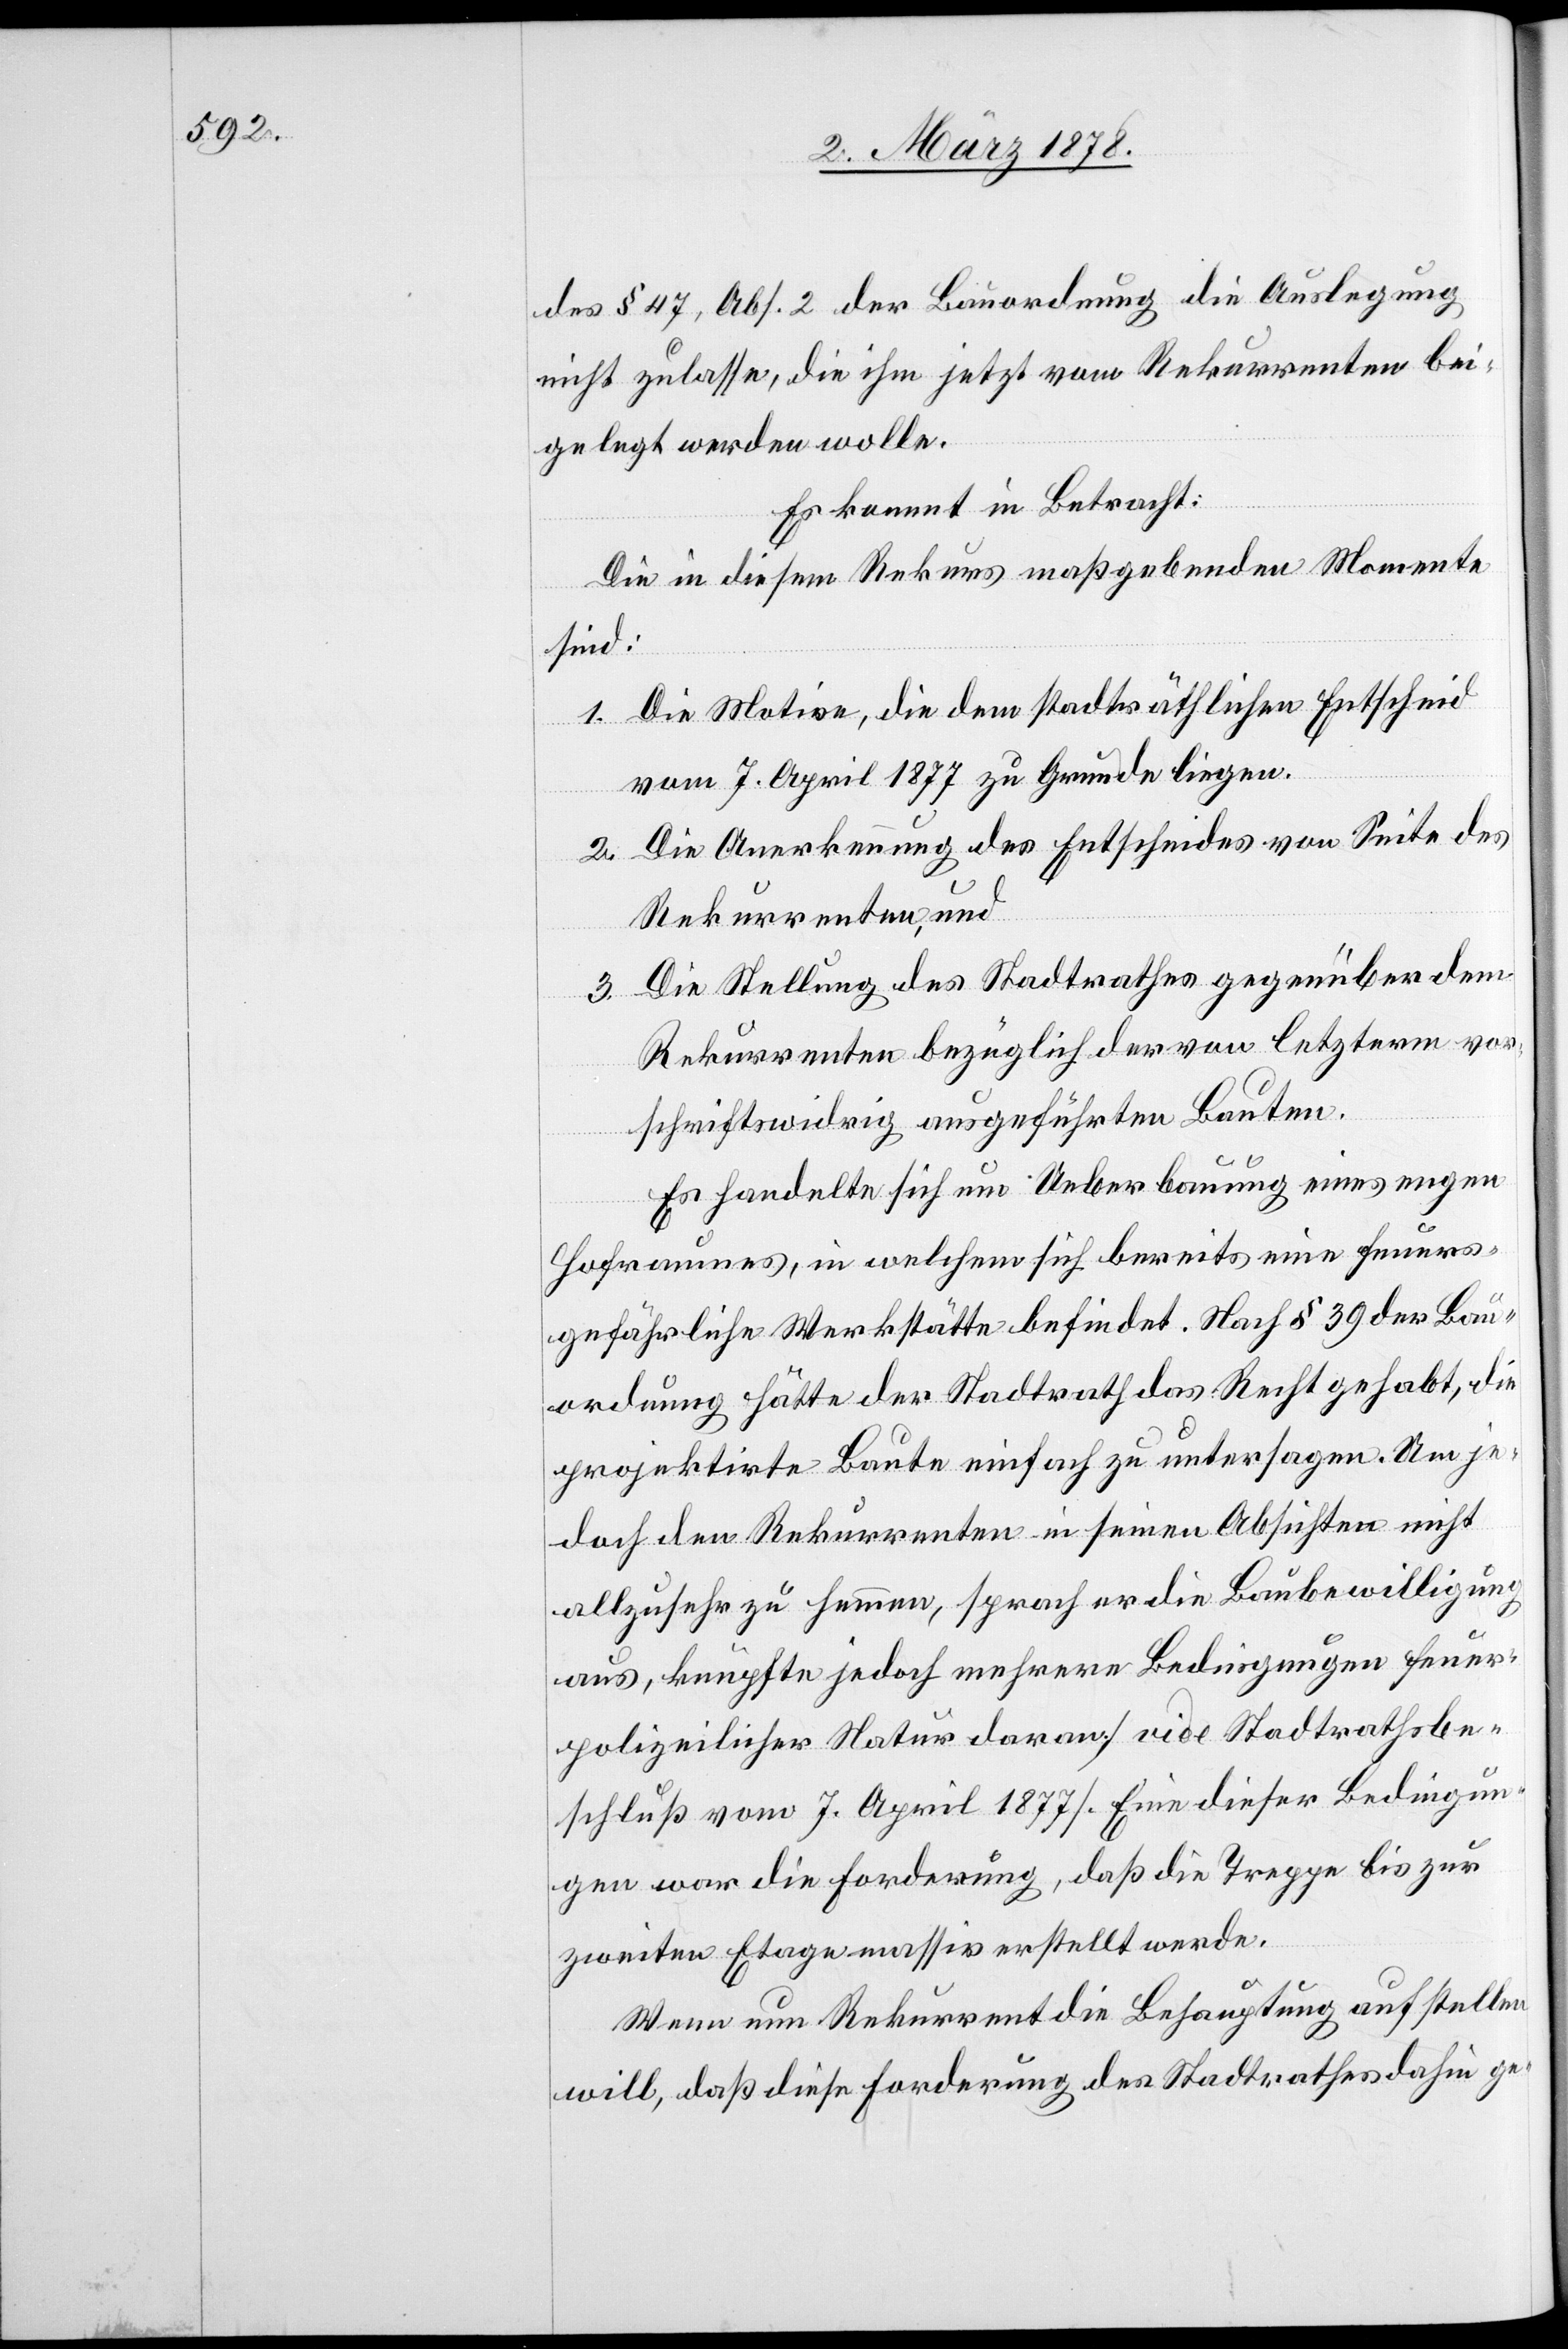
des § 47, Abs. 2 der Bauordnung die Auslegung
nicht zulasse, die ihm jetzt vom Rekurrenten bei¬
gelegt werden wolle.
Es kommt in Betracht:
Die in diesem Rekurs maßgebenden Momente
sind:
1. Die Motive, die dem stadträthlichen Entscheid
vom 7. April 1877 zu Grunde liegen.
2. Die Anerkennung des Entscheides von Seite des
Rekurrenten, und
3. Die Stellung des Stadtrathes gegenüber dem
Rekurrenten bezüglich der von letzterm vor¬
schriftswidrig ausgeführten Bauten.
Es handelte sich um Ueberbauung eines engen
Hofraumes, in welchem sich bereits eine feuer¬
gefährliche Werkstätte befindet. Nach § 39 der Bau¬
ordnung hätte der Stadtrath das Recht gehabt, die
projektirte Baute einfach zu untersagen. Um je¬
doch den Rekurrenten in seinen Absichten nicht
allzu sehr zu hemmen, sprach er die Baubewilligung
aus, knüpfte jedoch mehrere Bedingungen feuer¬
polizeilicher Natur daran (vide Stadtrathsbe¬
schluß vom 7. April 1877). Eine dieser Bedingun¬
gen war die Forderung, daß die Treppe bis zur
zweiten Etage massiv erstellt werde.
Wenn nun Rekurrent die Behauptung aufstellen
will, daß diese Forderung des Stadtrathes dahin ge-